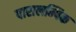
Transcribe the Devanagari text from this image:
पारालम्पिक